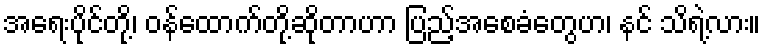
အရေးပိုင်တို့၊ ဝန်ထောက်တို့ဆိုတာဟာ ပြည့်အစေခံတွေဟ၊ နင် သိရဲ့လား။